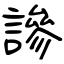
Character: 謲